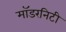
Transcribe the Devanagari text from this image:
मॉडरनिटी